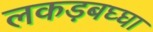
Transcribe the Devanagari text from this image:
लकड़बघ्घा